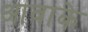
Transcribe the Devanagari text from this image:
आवाके